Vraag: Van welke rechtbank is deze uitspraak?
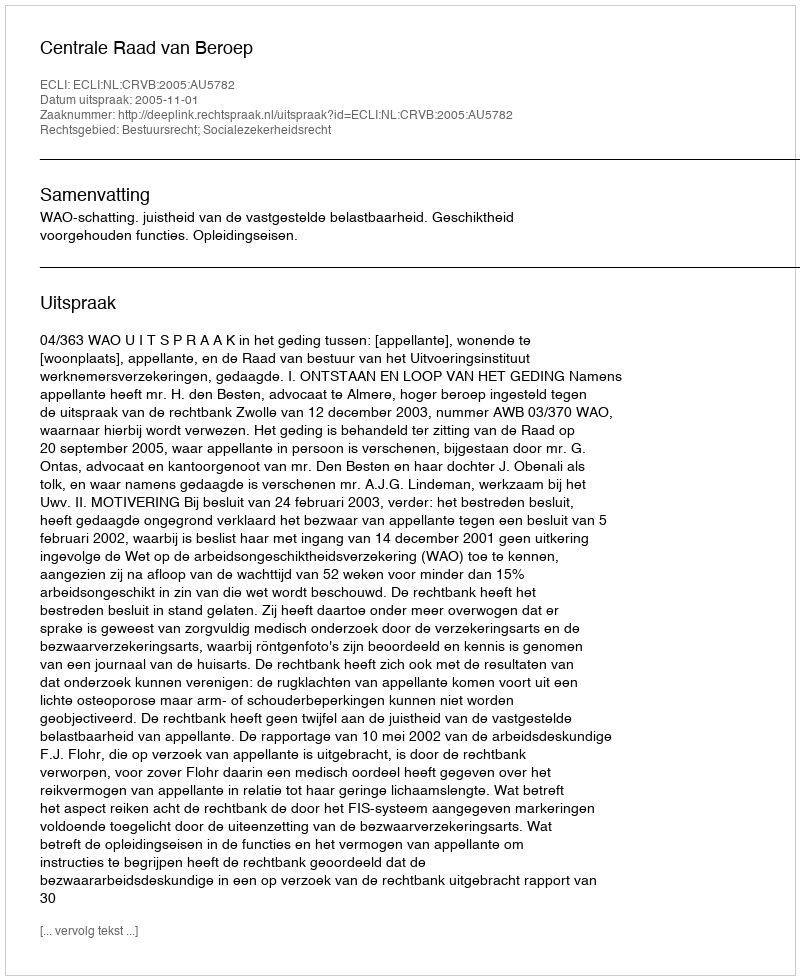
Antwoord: Centrale Raad van Beroep